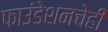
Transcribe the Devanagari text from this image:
फाउंडेशनचेही